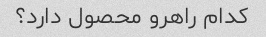
کدام راهرو محصول دارد؟